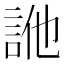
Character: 𧦭